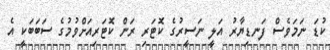
ކުޑަ ނަމަވެސް ފަނޑިޔާރު އަލީ ނަސީރުގެ ކޮޓަރި ރަން ކޮޓަރިއަށްވުމުގެ ސަބަބަކީ އެ